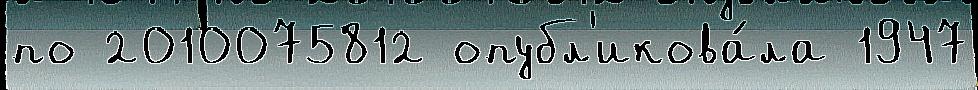
по 2010075812 опубл'икова́ла 1947